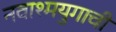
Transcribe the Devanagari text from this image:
नवाश्मयुगाची